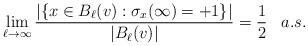
LaTeX: \begin{align*} \lim_{\ell \to \infty} \frac{| \{x\in B_\ell (v): \sigma_x (\infty ) =+1\} |}{ |B_\ell (v)| } = \frac{1}{2} \,\,\,\,\, a.s.\end{align*}